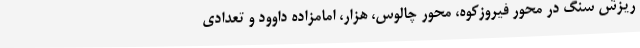
ریزش سنگ در محور فیروزکوه، محور چالوس، هزار، امامزاده داوود و تعدادی